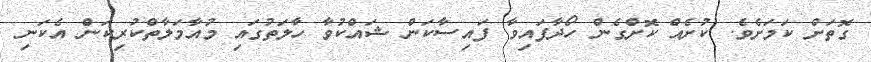
ގޮތަށް ކަމަށެވެ. ކުށެއް ކޮށްގެން ހޯދާފައިވާ ފައިސާކަން ޝައްކުވާ ހާލަތުގައި މުއާމަލާތްކުރިކަން އެކަނި